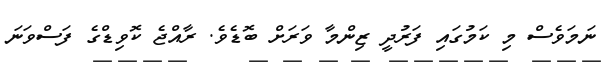
ނަމަވެސް މި ކަމުގައި ފަރުދީ ޒިންމާ ވަރަށް ބޮޑެވެ. ރާއްޖެ ކޮވިޑްގެ ފަސްވަނަ